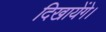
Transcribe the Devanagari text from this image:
दिखायेंगे।